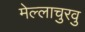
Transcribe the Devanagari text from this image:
मेल्‍लाचुरवु